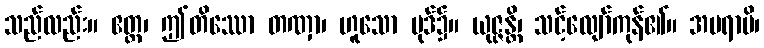
သည်လည်း။ ဧတ္ထ၊ ဤတိဿော တဏှာ၊ ဟူသော ပုဒ်၌။ ယုဇ္ဇန္တိ၊ သင့်လျော်ကုန်၏။ အပရာပိ၊